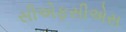
સીએફસીએસ